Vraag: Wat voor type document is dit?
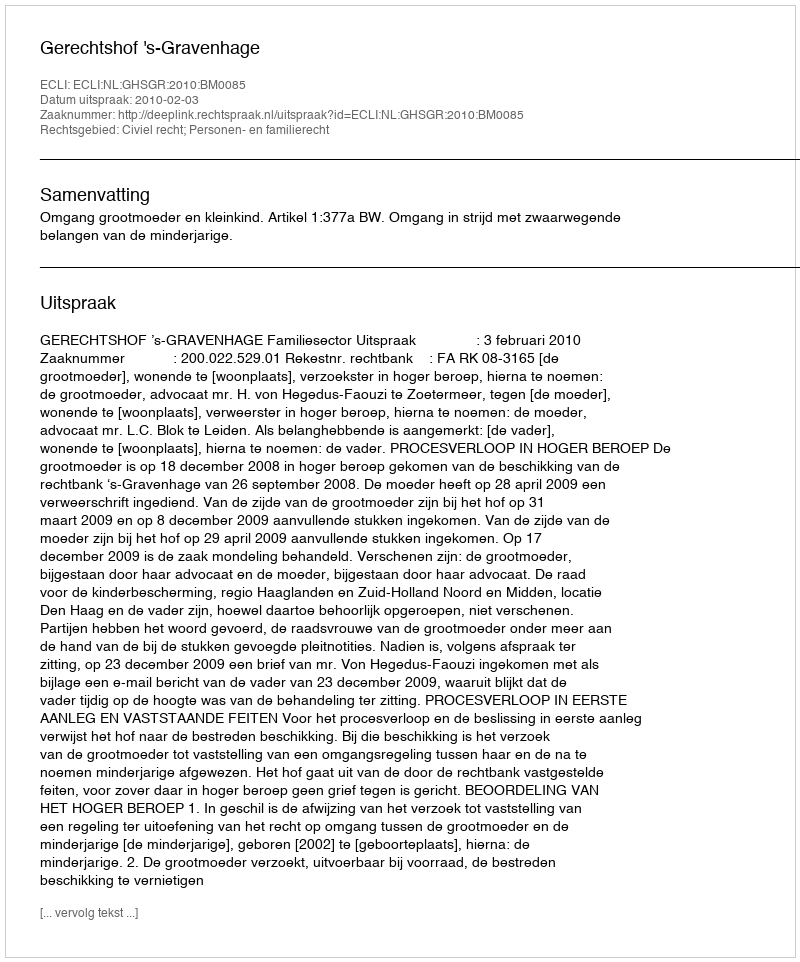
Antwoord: Uitspraak